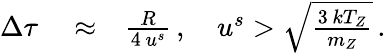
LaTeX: \begin{array}{rlr}{\Delta\tau}&{{}\approx}&{\frac{R}{4\, u^{s}}\, ,\quad u^{s}>\sqrt{\frac{3\, kT_{Z}}{m_{Z}}}\, .}\end{array}